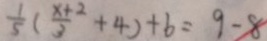
\frac { 1 } { 5 } ( \frac { x + 2 } { 3 } + 4 ) + 6 = 9 - 8